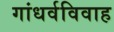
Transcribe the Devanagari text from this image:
गांधर्वविवाह